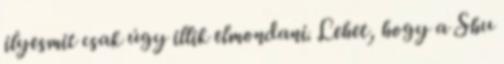
ilyesmit csak úgy illik elmondani. Lehet, hogy a Shu